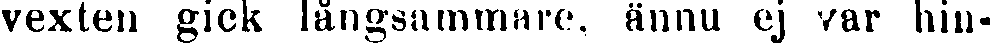
vexten gick långsammare, ännu ej var hin-